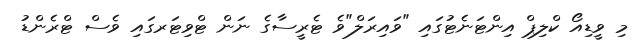
މި ވީޑިއޯ ކްލިޕް އިންޓަނެޓުގައި "ވައިރަލް"ވެ ޓެރީސާގެ ނަން ޓްވިޓަރގައި ވެސް ޓްރެންޑު